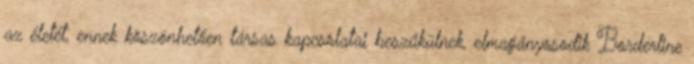
az életét, ennek köszönhetően társas kapcsolatai beszűkülnek, elmagányosodik Borderline